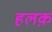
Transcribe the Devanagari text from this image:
हलक़